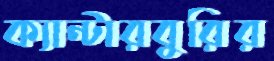
ক্যান্টারবুরির